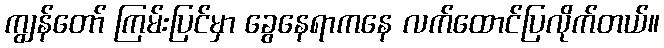
ကျွန်တော် ကြမ်းပြင်မှာ ခွေနေရာကနေ လက်ထောင်ပြလိုက်တယ်။